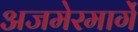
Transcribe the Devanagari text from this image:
अजमेरमार्गे